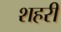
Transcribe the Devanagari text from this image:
शहरीं